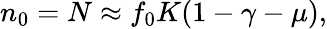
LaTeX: n_{0}=N\approx f_{0}K(1-\gamma-\mu),